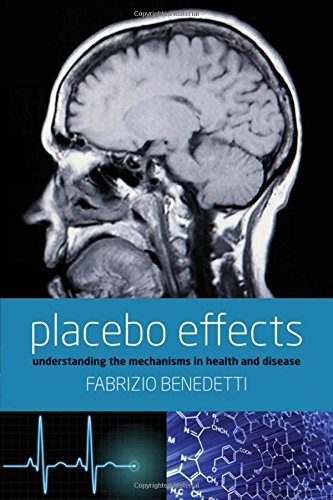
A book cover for Placebo Effects: Understanding the mechanisms in health and disease; Fabrizio Benedetti; Medical Books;